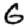
Digit: 6